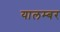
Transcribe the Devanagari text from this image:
यालम्बर